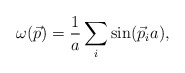
\begin{align*}\omega(\vec p)={1\over a}\sum_i \sin(\vec p_i a),\end{align*}